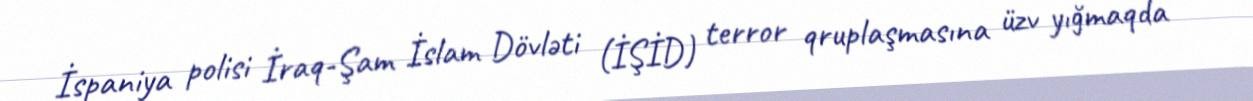
İspaniya polisi İraq-Şam İslam Dövləti (İŞİD) terror qruplaşmasına üzv yığmaqda